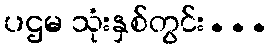
ပဌမ သုံးနှစ်တွင်း...